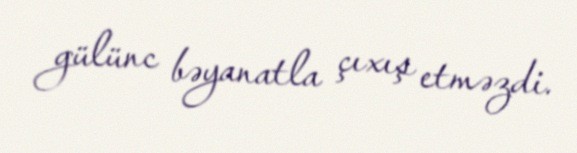
gülünc bəyanatla çıxış etməzdi.